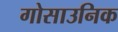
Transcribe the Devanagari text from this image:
गोसाउनिक